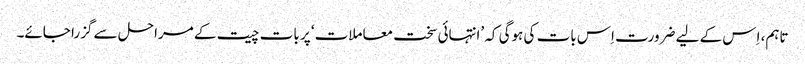
تاہم، اِس کے لیے ضرورت اِس بات کی ہوگی کہ ’انتہائی سخت معاملات‘ پر بات چیت کے مراحل سے گزرا جائے۔